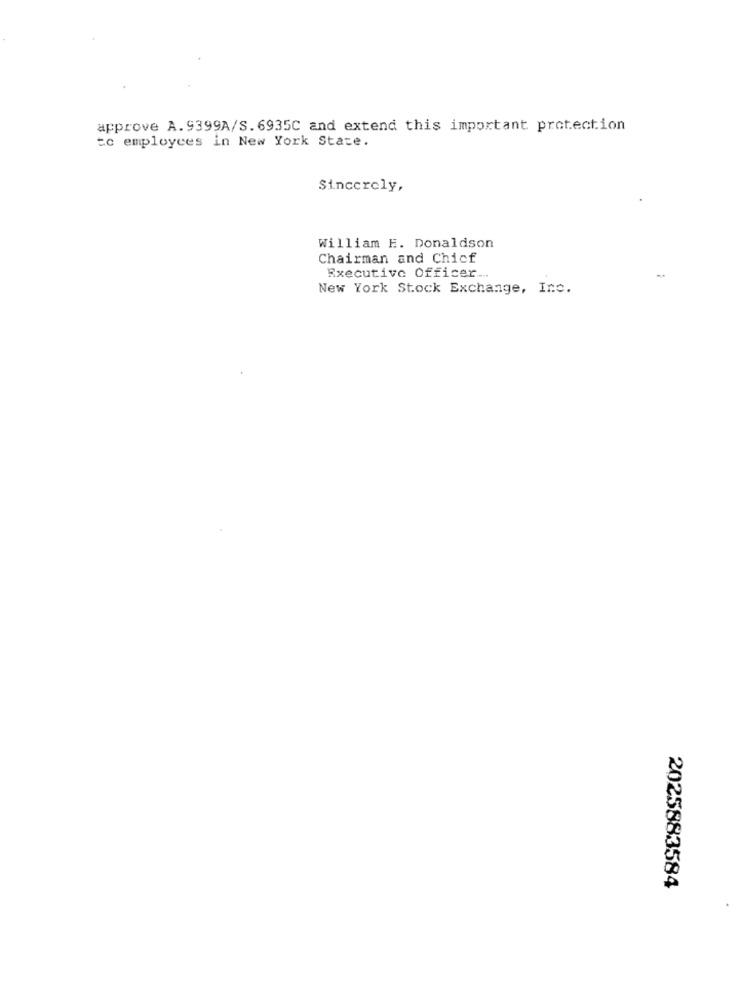
approve A. 9399A/S. 6935C and extend this important protection
tc employees in New York State.
Sincerely,
William H. Donaldson
Chairman and Chicf
Executive Officer ...
New York Stock Exchange, Inc.
2025883584